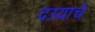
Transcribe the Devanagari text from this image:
दग्र्याचे